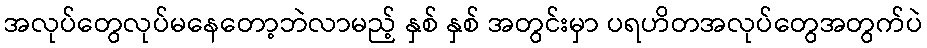
အလုပ်တွေလုပ်မနေတော့ဘဲလာမည့် နှစ် နှစ် အတွင်းမှာ ပရဟိတအလုပ်တွေအတွက်ပဲ